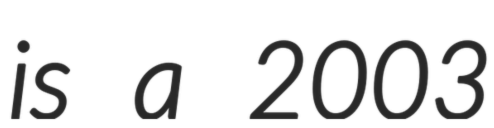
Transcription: is a 2003